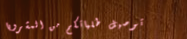
توصيل طلباتكم من المشروبا